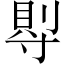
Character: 𡬷